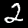
Label: 2